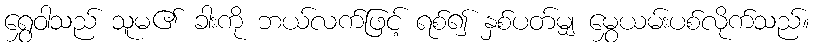
ရွှေဝါသည် သူမ၏ ခါးကို ဘယ်လက်ဖြင့် ရစ်၍ နှစ်ပတ်မျှ မွှေယမ်းပစ်လိုက်သည်။